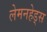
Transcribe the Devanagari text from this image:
लेमनहेड्स